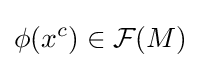
\phi (x^{c})\in {\mathcal {F}}(M)